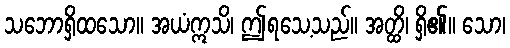
သဘောရှိထသော။ အယံဣသိ၊ ဤရသေ့သည်။ အတ္ထိ၊ ရှိ၏။ သော၊